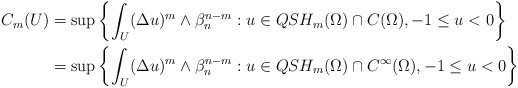
\begin{align*}\begin{aligned}C_m(U)&=\sup\left\{\int_{U}(\Delta u)^m\wedge\beta_n^{n-m}:u\in QSH_m(\Omega)\cap C(\Omega), -1\leq u<0\right\}\\&=\sup\left\{\int_{U}(\Delta u)^m\wedge\beta_n^{n-m}:u\in QSH_m(\Omega)\cap C^{\infty}(\Omega), -1\leq u<0\right\}\end{aligned}\end{align*}